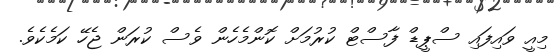
މިއީ ވައިފައި ސްޕީޑް ފާސްޓް ކުރުމަށް ކޮންމެހެން ވެސް ކުރަން ޖެހޭ ކަމެކެވެ.